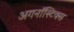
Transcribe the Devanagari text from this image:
अगनॉस्टिक्स